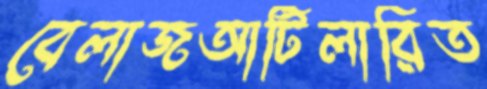
বেলাজআর্টিলারিত